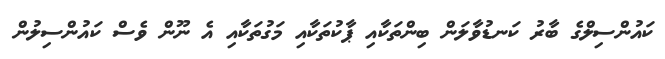
ކައުންސިލްގެ ބާރު ކަނޑުވާލަން ބިންތަކާއި ޕާކުތަކާއި މަގުތަކާއި އެ ނޫން ވެސް ކައުންސިލުން